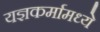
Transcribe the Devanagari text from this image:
यज्ञकर्मामध्ये